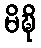
မိဍ္ဎိ